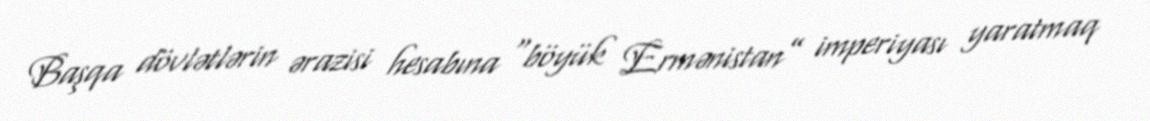
Başqa dövlətlərin ərazisi hesabına “böyük Ermənistan” imperiyası yaratmaq